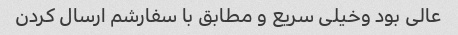
عالی بود وخیلی سریع و مطابق با سفارشم ارسال کردن